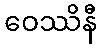
ဝေဿိနီ